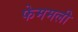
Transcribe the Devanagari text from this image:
फेममली